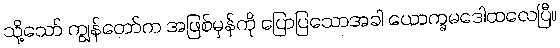
သို့သော် ကျွန်တော်က အဖြစ်မှန်ကို ပြောပြသောအခါ ယောက္ခမဒေါထလေပြီ။